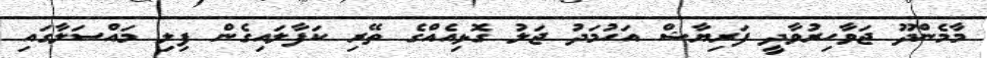
މާމެންދޫ ޖަވާހިރުވާދީ ފަރިޔާޝް އަހުމަދު ޖަލު ގޮޅިއެއްގެ ތޭރި ކަފާލައިގެން ފިލި މައްސަލާގައި